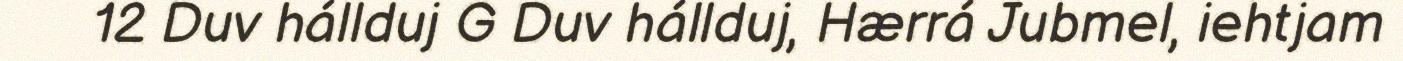
12 Duv hállduj G Duv hállduj, Hærrá Jubmel, iehtjam